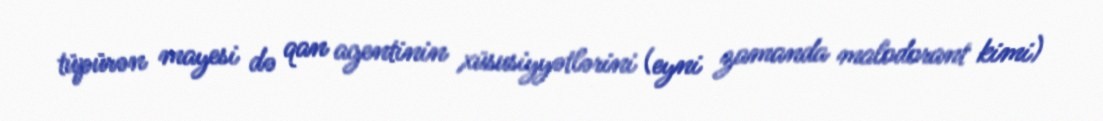
tüpürən mayesi də qan agentinin xüsusiyyətlərini (eyni zamanda malodorant kimi)